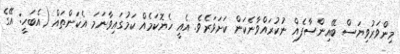
މިންވަރުވިޔަސް ބޭއިންސާފެއް ނުކުރައްވާނެކަން ކަށަވަރެވެ. އެއީ ހެޔޮކަމެއް ކަމުގައިވާނަމަ އެކަންތައް (އެބަހީ: އޭގެ